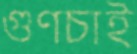
গুণচাই